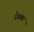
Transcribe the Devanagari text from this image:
रँगवा